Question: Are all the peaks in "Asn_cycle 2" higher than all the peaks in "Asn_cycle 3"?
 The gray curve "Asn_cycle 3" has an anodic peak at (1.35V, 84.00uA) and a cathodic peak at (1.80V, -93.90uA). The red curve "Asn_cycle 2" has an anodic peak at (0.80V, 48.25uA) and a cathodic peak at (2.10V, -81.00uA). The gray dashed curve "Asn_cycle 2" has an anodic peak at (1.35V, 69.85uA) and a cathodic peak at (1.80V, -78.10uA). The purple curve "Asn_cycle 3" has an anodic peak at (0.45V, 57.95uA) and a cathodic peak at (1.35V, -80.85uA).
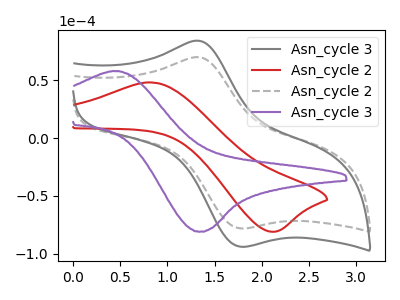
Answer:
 <answer>Every peak in "Asn_cycle 2" is lower than every peak in "Asn_cycle 3".</answer>
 <eval>lower</eval>